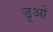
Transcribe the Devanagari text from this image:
डूओ